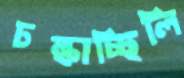
চল্‌কাচ্ছিলি